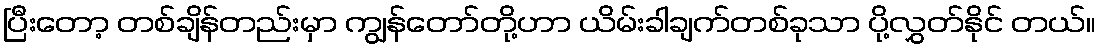
ပြီးတော့ တစ်ချိန်တည်းမှာ ကျွန်တော်တို့ဟာ ယိမ်းခါချက်တစ်ခုသာ ပို့လွှတ်နိုင် တယ်။